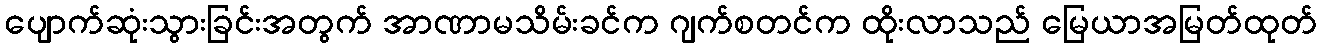
ပျောက်ဆုံးသွားခြင်းအတွက် အာဏာမသိမ်းခင်က ဂျက်စတင်က ထိုးလာသည် မြေယာအမြတ်ထုတ်